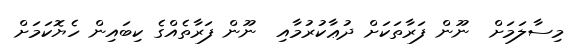
މިސާލަމަށް  ނޫން ފަރާތަކަށް ދުޢާކުރުމާއި  ނޫން ފަރާތެއްގެ ކިބައިން ހެޔޮކަމަށް